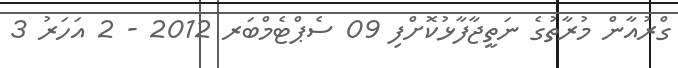
ގްރުއާން މުރާތުގެ ނަތީޖާފާޅުކޮށްފި 09 ސެޕްޓެމްބަރ 2012 - 2 އަހަރު 3